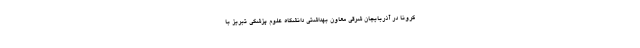
کرونا در آذربایجان شرقی معاون بهداشتی دانشگاه علوم پزشکی تبریز با